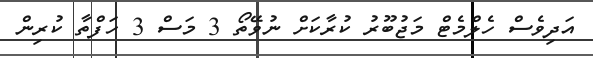
އަދިވެސް ހެލްމެޓް މަޖުބޫރު ކުރާކަށް ނުވޭތޯ 3 މަސް 3 ހަފްތާ ކުރިން